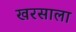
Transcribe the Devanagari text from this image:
खरसाला